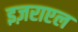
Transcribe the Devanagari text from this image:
इज़राएल